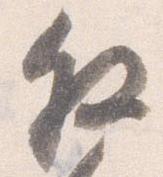
叙